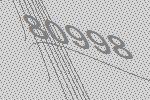
80998